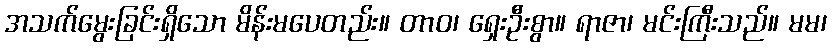
အသက်မွေးခြင်းရှိသော မိန်းမပေတည်း။ တာဝ၊ ရှေးဦးစွာ။ ရာဇာ၊ မင်းကြီးသည်။ မမ၊